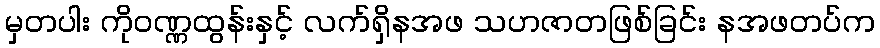
မှတပါး ကိုဝဏ္ဏထွန်းနှင့် လက်ရှိနအဖ သဟဇာတဖြစ်ခြင်း နအဖတပ်က